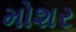
મોશર